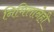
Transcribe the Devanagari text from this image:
निमित्तानेही